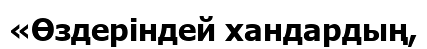
«Өздеріндей хандардың,